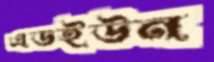
এডইউন